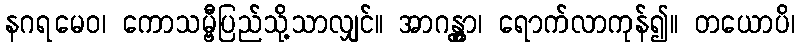
နဂရမေဝ၊ ကောသမ္ဗီပြည်သို့သာလျှင်။ အာဂန္တွာ၊ ရောက်လာကုန်၍။ တယောပိ၊